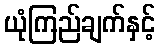
ယုံကြည်ချက်နှင့်